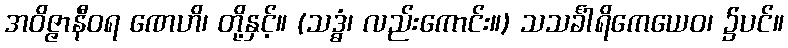
အဝိဇ္ဇာနီဝရ ဏေဟိ၊ တို့နှင့်။ (သဒ္ဓံ၊ လည်းကောင်း။) သသင်္ခါရိကေယေဝ၊ ၌ပင်။